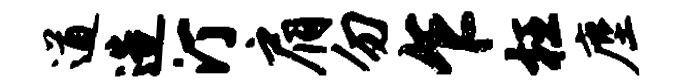
遒造汀肩勿乍枉麈